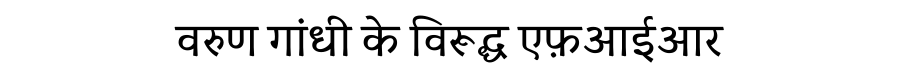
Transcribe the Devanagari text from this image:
वरुण गांधी के विरूद्ध एफ़आईआर